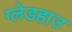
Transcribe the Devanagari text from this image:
ग्लेडहाउ